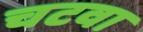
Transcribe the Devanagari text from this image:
चटवा